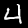
Label: 4